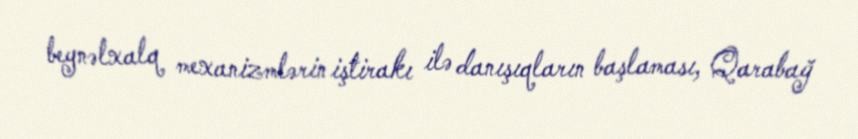
beynəlxalq mexanizmlərin iştirakı ilə danışıqların başlaması, Qarabağ